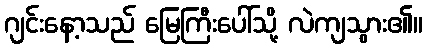
ဂျင်းနော့သည် မြေကြီးပေါ်သို့ လဲကျသွား၏။